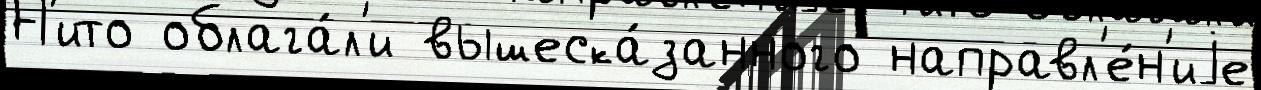
Н'ито облага́л'и вышеска́занного направл'е́н'иjе